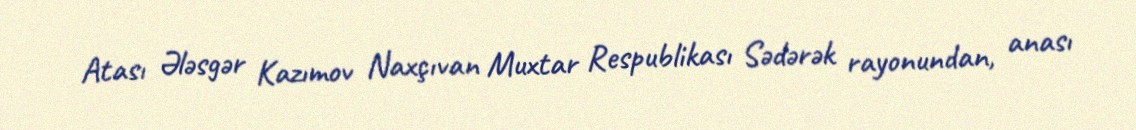
Atası Ələsgər Kazımov Naxçıvan Muxtar Respublikası Sədərək rayonundan, anası